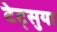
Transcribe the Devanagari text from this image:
टेट्सुया